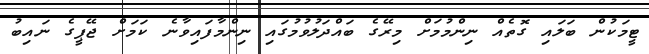
ޓީމަކުން ބަލައި ގޮތެއް ނިންމުމަށް މިރޭގެ ބައްދަލުވުމުގައި ނިންމާފައިވާނެ ކަމަށް ޖޭޕީގެ ނައިބު